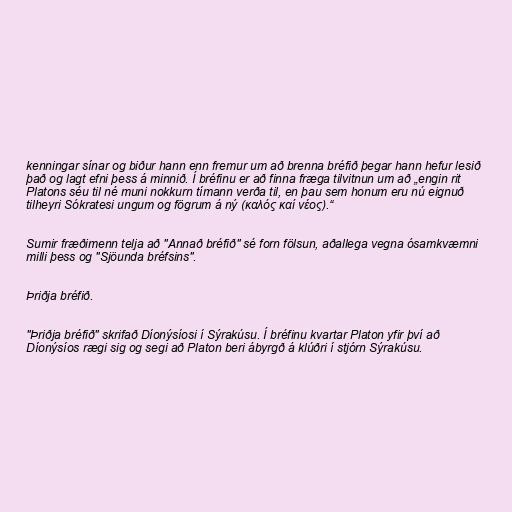
kenningar sínar og biður hann enn fremur um að brenna bréfið þegar hann hefur lesið
það og lagt efni þess á minnið. Í bréfinu er að finna fræga tilvitnun um að „engin rit
Platons séu til né muni nokkurn tímann verða til, en þau sem honum eru nú eignuð
tilheyri Sókratesi ungum og fögrum á ný (καλός καί νέος).“

Sumir fræðimenn telja að "Annað bréfið" sé forn fölsun, aðallega vegna ósamkvæmni
milli þess og "Sjöunda bréfsins".

Þriðja bréfið.

"Þriðja bréfið" skrifað Díonýsíosi í Sýrakúsu. Í bréfinu kvartar Platon yfir því að
Díonýsíos rægi sig og segi að Platon beri ábyrgð á klúðri í stjórn Sýrakúsu.